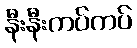
နီးနီးကပ်ကပ်